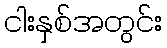
ငါးနှစ်အတွင်း